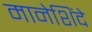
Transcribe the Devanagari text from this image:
मानेशिंदे